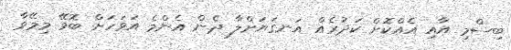
ބިސްމި އާއި އެއްކޮށް ކަދުރެއް އަނގަޔަށްލާ ދެން އެންމެ އަވަހަށް ބޮވޭ މިމޭވާ